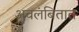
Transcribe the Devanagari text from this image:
अवलंबितात